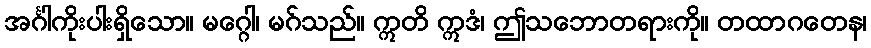
အင်္ဂါကိုးပါးရှိသော။ မဂ္ဂေါ၊ မဂ်သည်။ ဣတိ ဣဒံ၊ ဤသဘောတရားကို။ တထာဂတေန၊